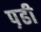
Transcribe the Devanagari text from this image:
प़ढी